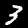
Digit: 3